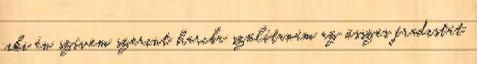
ciki én szívem szerint harcba szólítanám az összes fradistát